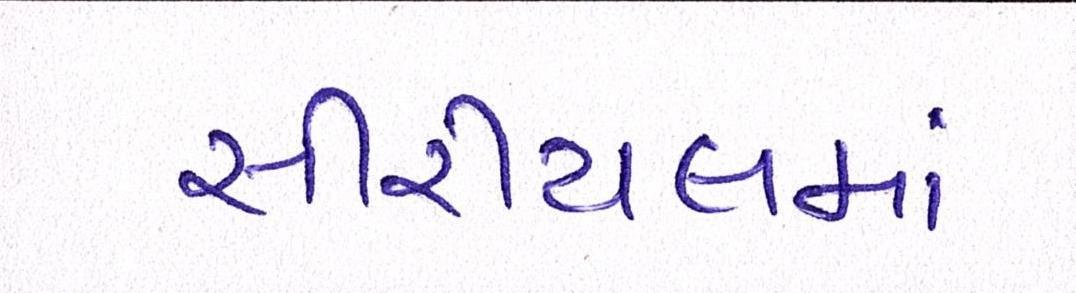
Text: સીરીયલમાં